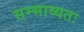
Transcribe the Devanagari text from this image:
सम्भाव्यतः